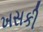
ખસકી